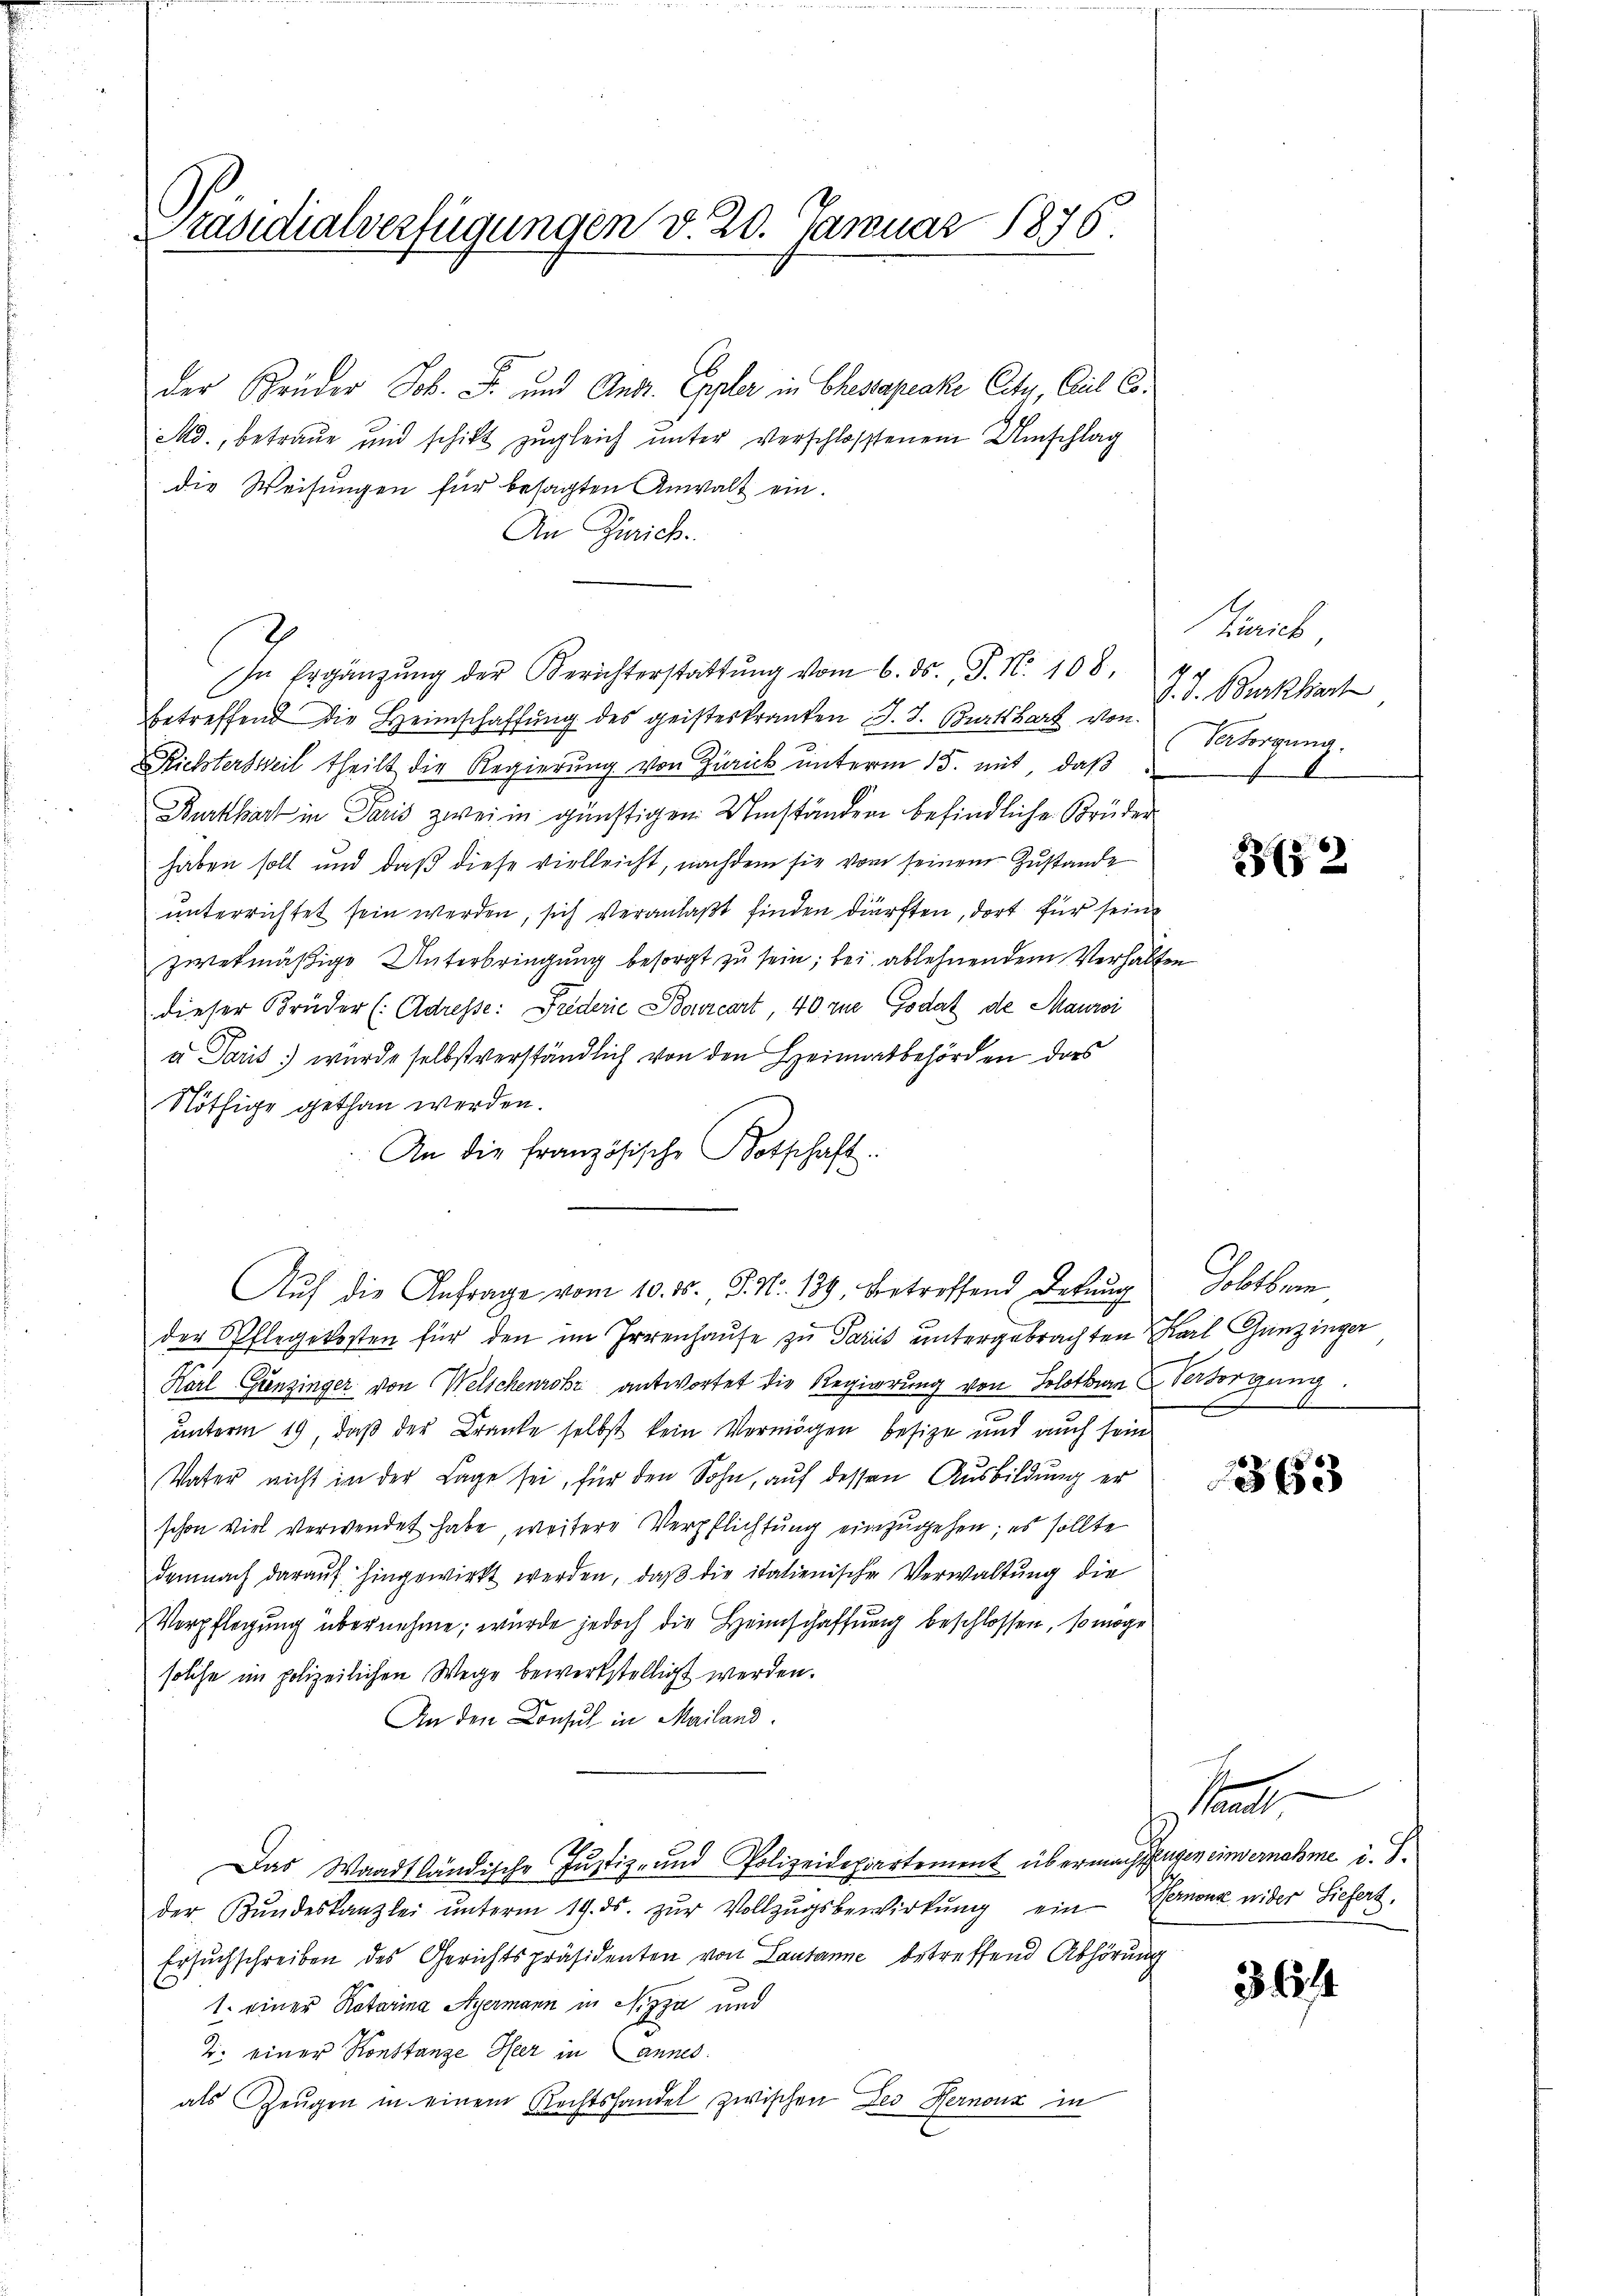
Präsidialverfügungen d. 20. Januar 1876

der Brüder Joh. S. und Andr. Expler in Ehesapeake Cita Cil Co¬
Md., betraue und schikt zŭgleich unter verschlossenen Umschlag
die Weisungen für besagten Anwalt ein.
An Zürich.
In Ergänzŭng der Berichterstattŭng vom 6. ds. P. Nr. 108,
betreffend die Heimschaffung des geisteskranken J. J. Burkhart von
Richtersweil theilt die Regierung von Zürick unterm 15. mit, daß
Burkhart in Paris zwei in günstigen Umständen befindliche Brüder
haben soll und daß diese vielleicht, nachdem sie vom seinem Zustande
unterrichtet sein werden, sich veranlaßt finden dürften, dort für seine
zwekmäßige Unterbringung besorgt zu sein; bei ablehnendem Verhalte
dieser Brüder (: Adresse: Frederie Bonvicart 40 zue Godat de Mauri
a Paris wurde selbst verständlich von den Heimatbehörden das
Nöthige gethan werden.
An die französische Botschaft.
Aŭf die Anfrage vom 10. ds. S. Nr. 139, betreffend Delung Tobtbern
der Pflegekosten für den im Irrenhause zu Paris untergebrachten Karl Gunzinger
Karl Grenzinger von Welschenrohr antwortet die Regierung von Solothurn Versorgung
unterm 19, daß der Kranke selbst kein Vermögen besize und auch sein
Vater nicht in der Lage sei, für den Sohn, auf dessen Ausbildung er
schon viel verwendet habe, weitere Verpflichtung einzugehen; es sollte
demnach daraŭf hingewirkt werden, daβ die italienische Verwaltung die
Verpflegung übernehme, wurde jedoch die Heimschaffung beschlossen, so möge
solche im polizeilichen Wege bewerkstelligt werden.
An den Consul in Mailand.
Das Waadtländische Justiz- und Polizeidepartement übermachsangen einvernahme i. S.
der Bŭndeskanzlei ŭnterm 19. ds. zŭr Vollzŭgsbewirkŭng ein Bernone wider Liefert.
Ersuchschreiben des Gerichtspräsidenten von Lausanne betreffend Abhörung
1. einer Rotarina Ayermann in Nizza und
2. einer Konstanze Heer in annes.
als Zeŭgen in einem Rechtshandel zwischen Des Hernouz in

hiarib
7. d. Burkhart
Vatragung.

e

232

363

S

3644